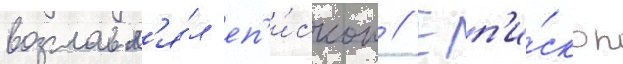
возглавл'я́л еп'и́скоп // Еп'и́скоп